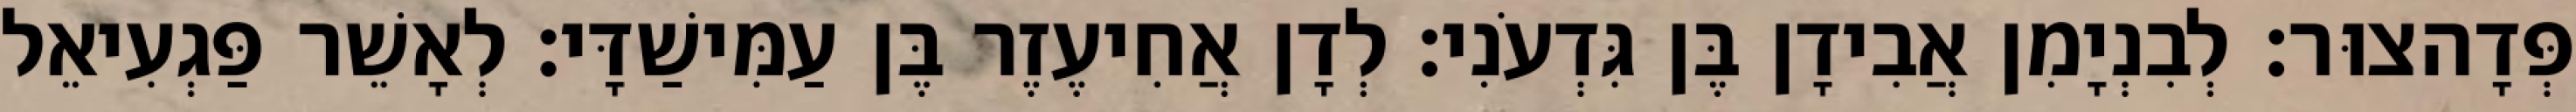
פְּדָהצוּר׃ לְבִנְיָמִן אֲבִידָן בֶּן גִּדְעֹנִי׃ לְדָן אֲחִיעֶזֶר בֶּן עַמִּישַׁדָּי׃ לְאָשֵׁר פַּגְעִיאֵל